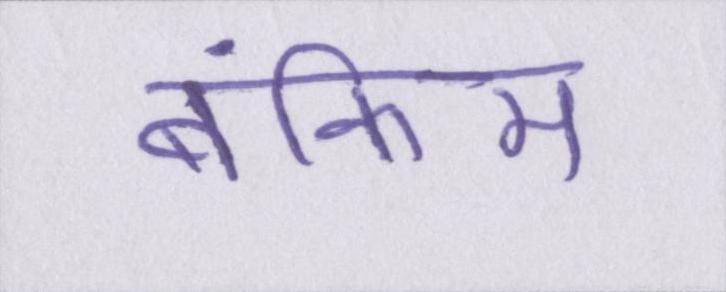
बंकिम